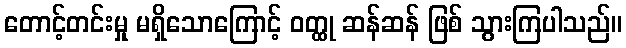
တောင့်တင်းမှု မရှိသောကြောင့် ဝတ္ထု ဆန်ဆန် ဖြစ် သွားကြပါသည်။